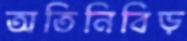
অতিনিবিড়